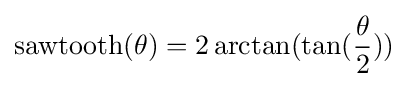
\mathrm {sawtooth} (\theta )=2\arctan(\tan({\frac {\theta }{2}}))